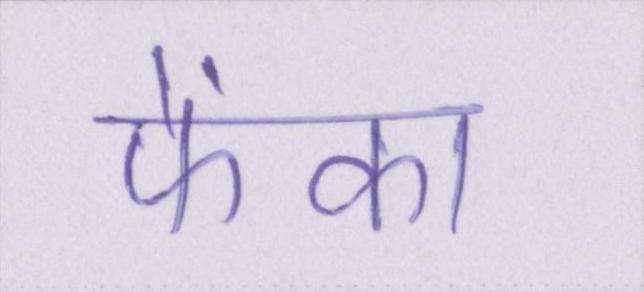
फेंका